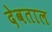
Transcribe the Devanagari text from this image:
देवताल